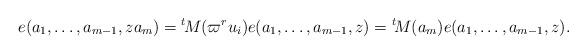
LaTeX: \begin{align*}e(a_1,\dots, a_{m-1}, za_m)={^t\!M}(\varpi^r u_i)e(a_1,\dots, a_{m-1}, z)={^t\!M}(a_m)e(a_1,\dots, a_{m-1}, z).\end{align*}